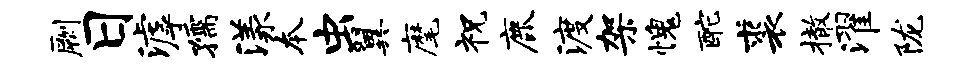
劂日滹孺漾本虫翼麾祝鹿渡架愧酡裘撤濯陇